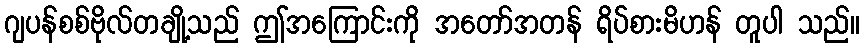
ဂျပန်စစ်ဗိုလ်တချို့သည် ဤအကြောင်းကို အတော်အတန် ရိပ်စားမိဟန် တူပါ သည်။